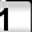
Digit: 1